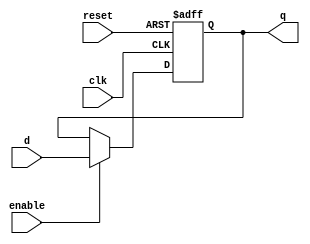
module  FFD1b(input d,enable,reset,clk,output reg q);

    always @(posedge clk, posedge reset) begin //Reset
        if (reset) q = 0; //Si se activa el reset, la salida es 0
        else if (enable) q = d; //si el enable esta en 1, y el reset en 0, D pasa a Q
        //
    end

endmodule

module FFD2b(input wire [1:0] d, input wire enable, reset, clk, output wire [1:0] q );

    FFD1b FF1(d[0], enable, reset,clk, q[0]);
    FFD1b FF2(d[1], enable, reset,clk, q[1]);
    //Flip flop 1 y 2

endmodule

module FFD4b(input [3:0] d, input wire enable, reset, clk, output wire [3:0] q );

    FFD2b FF1(d[1:0], enable, reset,clk, q[1:0]); 
    FFD2b FF2(d[3:2], enable, reset,clk, q[3:2]); 
    //Flip Flops de los bits 0 y 1, 2 y 3
endmodule